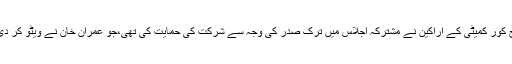
یہ خبر بھی موجود ہے کہ پہلے کی طرح کور کمیٹی کے اراکین نے مشترکہ اجلاس میں ترک صدر کی وجہ سے شرکت کی حمایت کی تھی،جو عمران خان نے ویٹو کر دی اور فیصلہ بائیکاٹ کے حق میں کر دیا۔